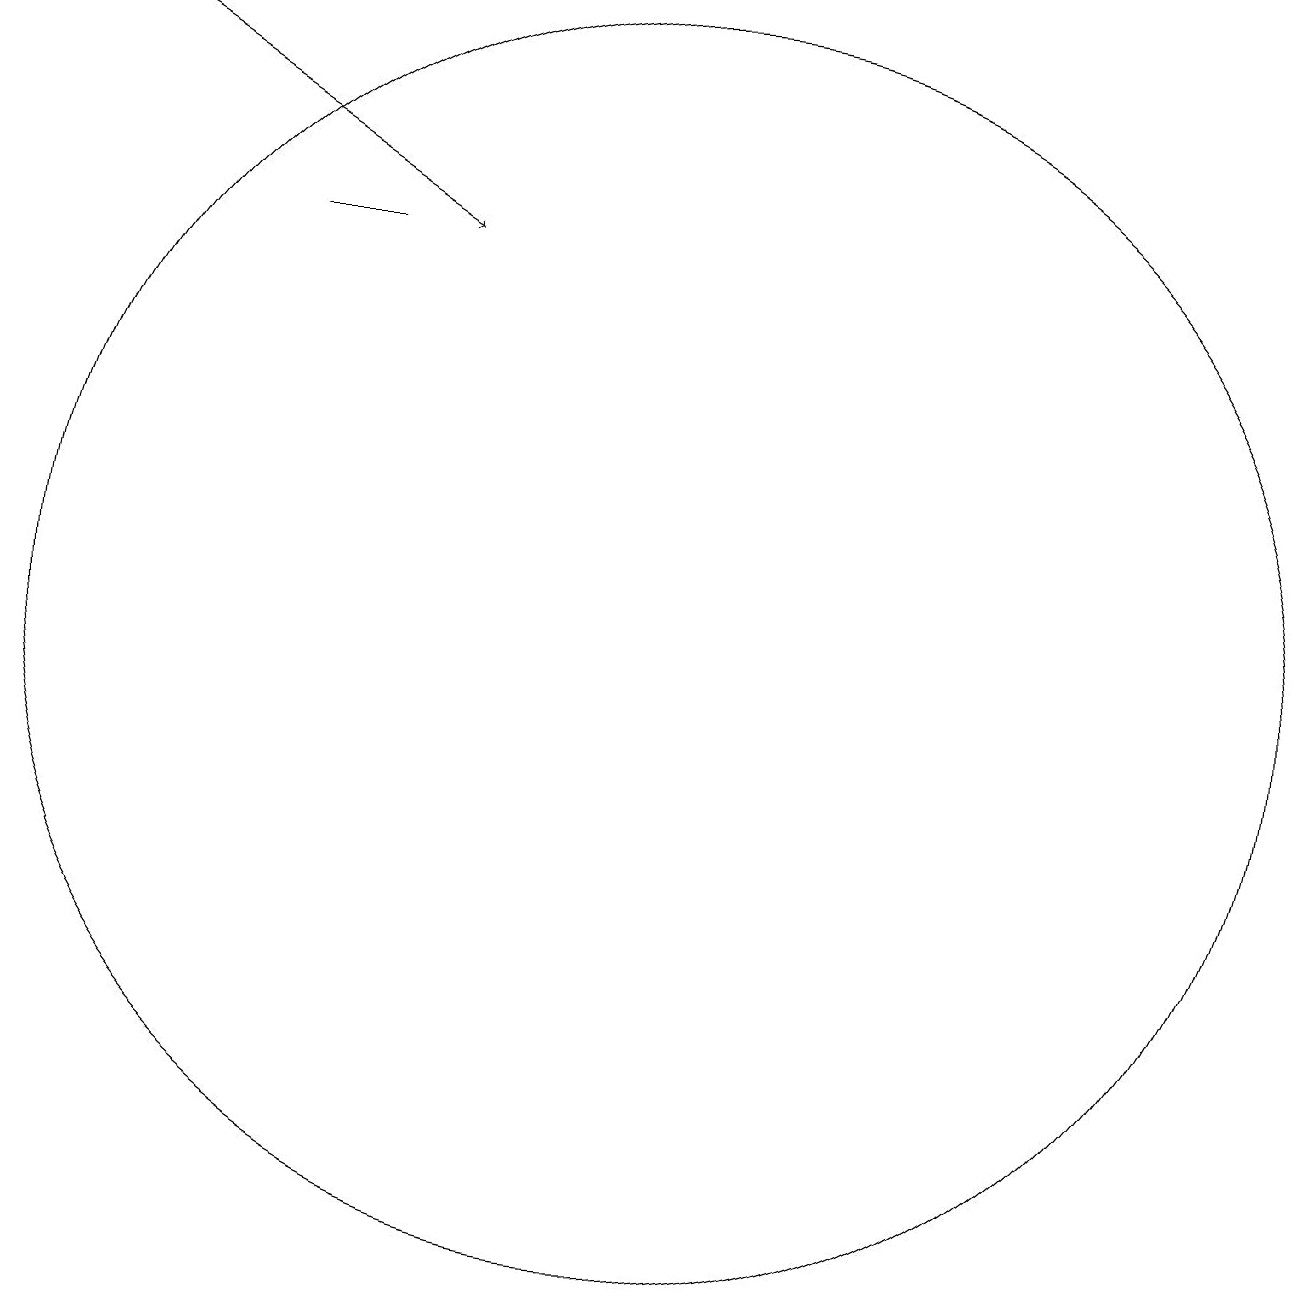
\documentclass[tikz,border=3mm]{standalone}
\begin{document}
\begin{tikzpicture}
\draw (8,16) rectangle (7,16);
\draw[->] (4,19) -- (9,16);
\draw (11,10) circle (0);
\draw (12,11) circle (8);
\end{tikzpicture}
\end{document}